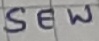
Text: SEW